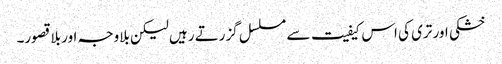
خشکی اور تری کی اس کیفیت سے مسلسل گزرتے رہیں لیکن بلاوجہ اور بلا قصور۔